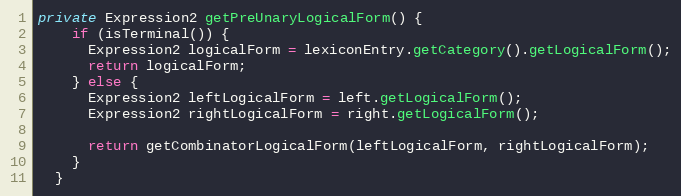
Language: Java
private Expression2 getPreUnaryLogicalForm() {
    if (isTerminal()) {
      Expression2 logicalForm = lexiconEntry.getCategory().getLogicalForm();
      return logicalForm;
    } else {
      Expression2 leftLogicalForm = left.getLogicalForm();
      Expression2 rightLogicalForm = right.getLogicalForm();

      return getCombinatorLogicalForm(leftLogicalForm, rightLogicalForm);
    }
  }